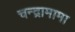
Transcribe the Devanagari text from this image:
चन्द्रामामा